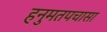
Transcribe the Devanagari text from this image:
हनुमतपचासा